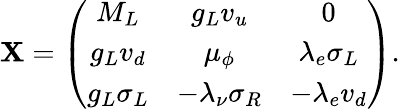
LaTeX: \mathbf{X}=\left(\begin{array}{ccc}{{M_{L}}}&{{g_{L}v_{u}}}&{{0}}\\ {{g_{L}v_{d}}}&{{\mu_{\phi}}}&{{\lambda_{e}\sigma_{L}}}\\ {{g_{L}\sigma_{L}}}&{{-\lambda_{\nu}\sigma_{R}}}&{{-\lambda_{e}v_{d}}}\end{array}\right).